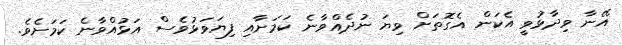
އޭނާ ވިދާޅުވީ އެކަން އެގޮތަށް ވިޔަ ނުދެއްވާނެ ކަމަށާއި ފިޔަވަޅުވެސް އަޅުއްވާނެ ކަމަށެވެ.